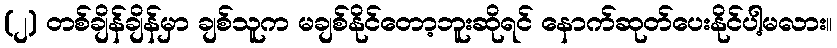
(၂) တစ်ချိန်ချိန်မှာ ချစ်သူက မချစ်နိုင်တော့ဘူးဆိုရင် နောက်ဆုတ်ပေးနိုင်ပါ့မလား။